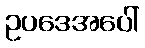
ဥပဒေအပေါ်